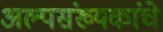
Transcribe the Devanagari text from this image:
अल्पसंख्यकांचे